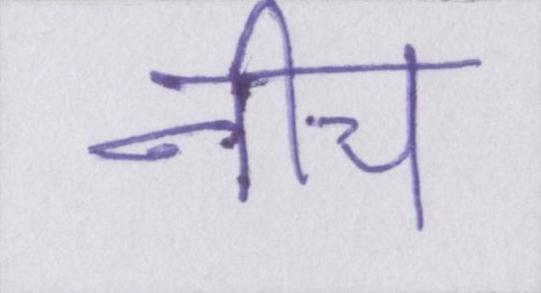
नीच